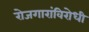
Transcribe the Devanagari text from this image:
रोजगारांविरोधी